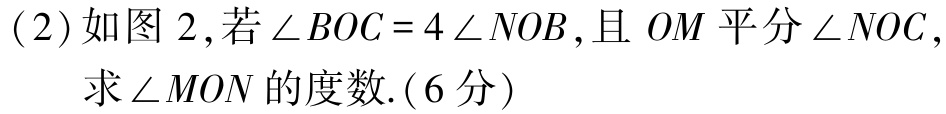
(2)如图 2,若\(\angle BOC = 4\angle NOB\),且 \(OM\) 平分\(\angle NOC\),求\(\angle MON\)的度数.(6分)